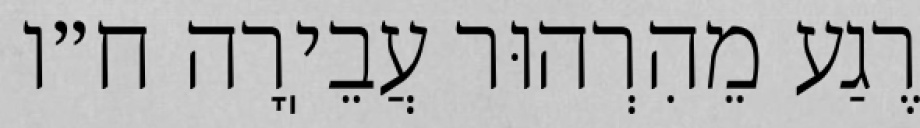
רֶגַע מֵהִרְהוּר עֲבֵיֽרָה ח״ו